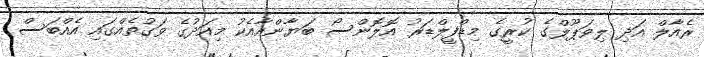
ރެއާލް އަދި ލިވަޕޫލްގެ ކުރީގެ މިޑްފީލްޑަރު އޮލޮންސޯ ބަޔާންއާއެކު މިއަދުގެ ވަގުތެއްގައި އެއްބަސް